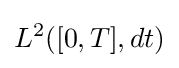
L^{2}([0,T],dt)